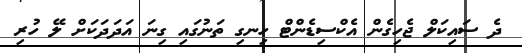
ދެ ސައިކަލް ޖެހިގެން އެކްސިޑެންޓް ހިނގި ތަނުގައި ގިނަ އަދަދަކަށް ލޭ ހުރި